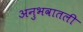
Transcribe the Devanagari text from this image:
अनुभवातली